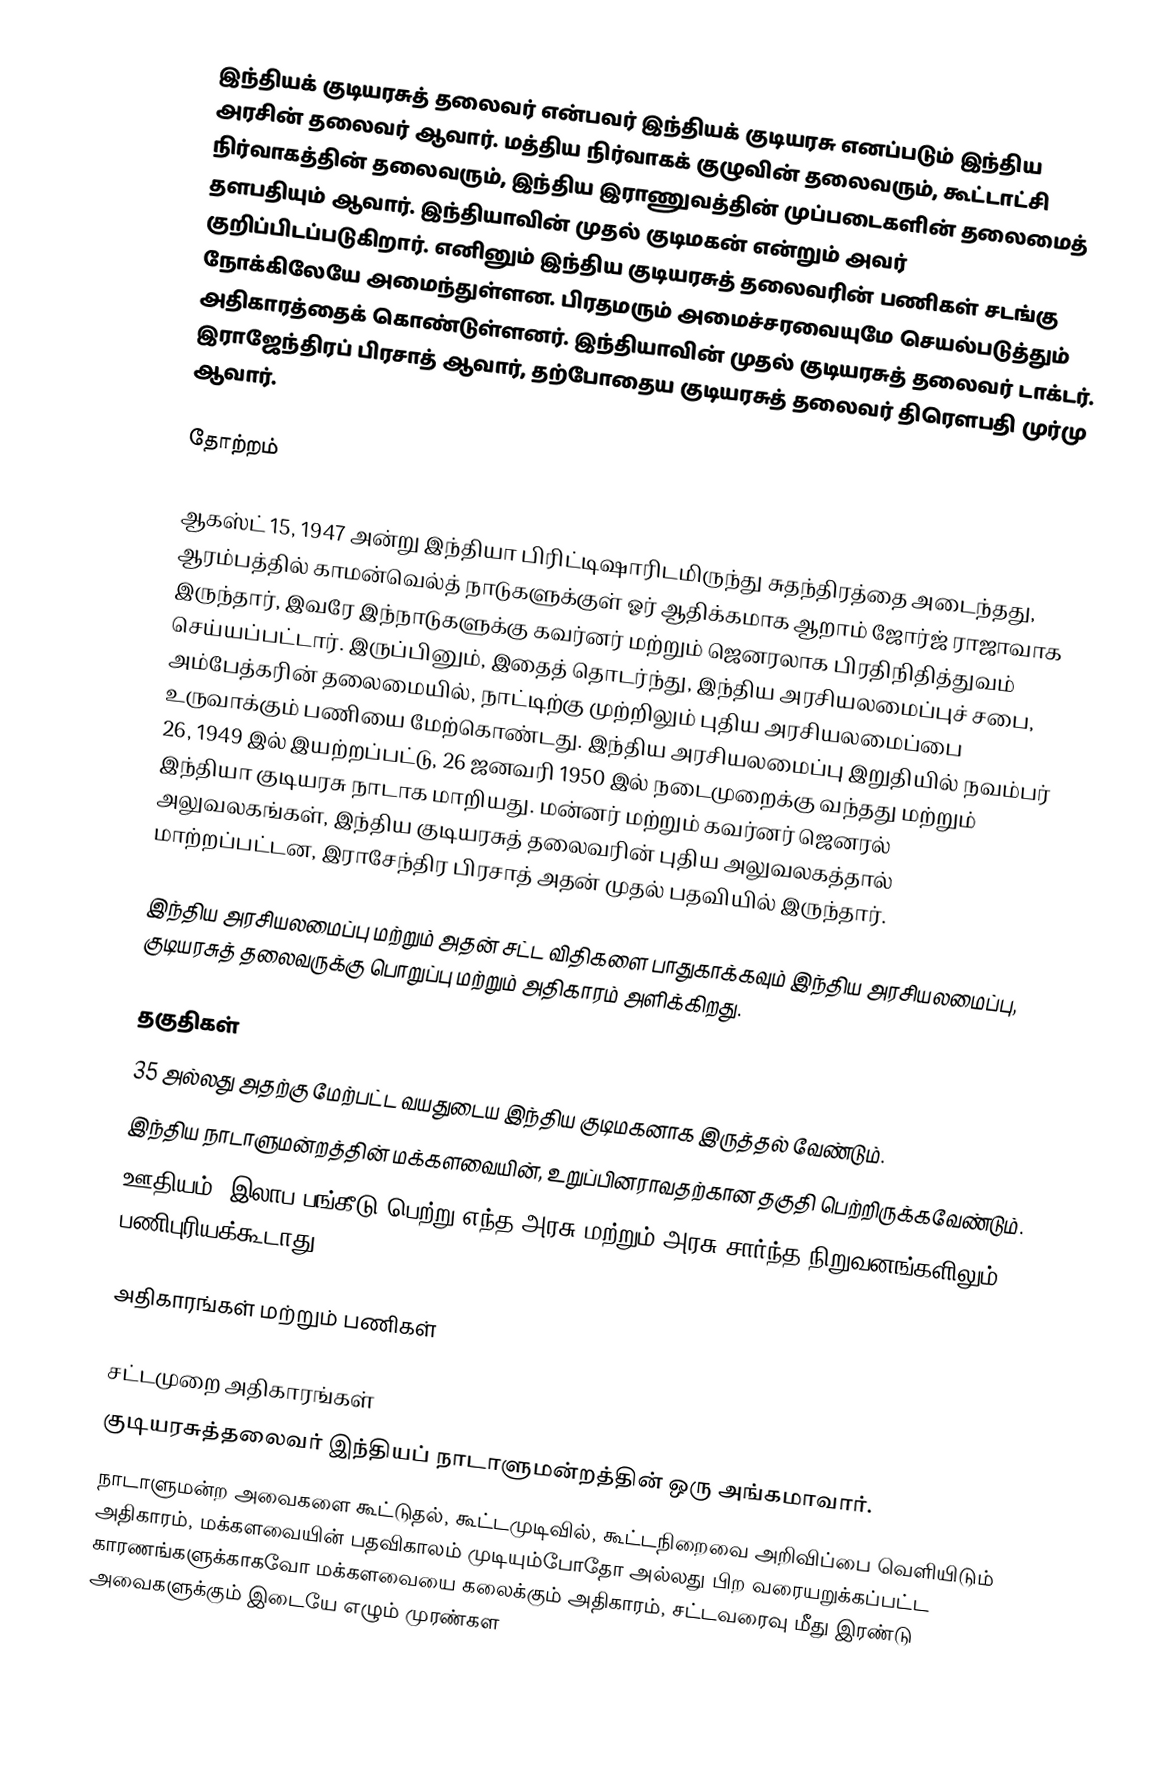
இந்தியக் குடியரசுத் தலைவர் என்பவர் இந்தியக் குடியரசு எனப்படும் இந்திய அரசின் தலைவர் ஆவார். மத்திய நிர்வாகக் குழுவின் தலைவரும், கூட்டாட்சி நிர்வாகத்தின் தலைவரும், இந்திய இராணுவத்தின் முப்படைகளின் தலைமைத் தளபதியும் ஆவார். இந்தியாவின் முதல் குடிமகன் என்றும் அவர் குறிப்பிடப்படுகிறார். எனினும் இந்திய குடியரசுத் தலைவரின் பணிகள் சடங்கு நோக்கிலேயே அமைந்துள்ளன. பிரதமரும் அமைச்சரவையுமே செயல்படுத்தும் அதிகாரத்தைக் கொண்டுள்ளனர். இந்தியாவின் முதல் குடியரசுத் தலைவர் டாக்டர். இராஜேந்திரப் பிரசாத் ஆவார், தற்போதைய குடியரசுத் தலைவர் திரௌபதி முர்மு ஆவார்.

தோற்றம்

ஆகஸ்ட் 15, 1947 அன்று இந்தியா பிரிட்டிஷாரிடமிருந்து சுதந்திரத்தை அடைந்தது, ஆரம்பத்தில் காமன்வெல்த் நாடுகளுக்குள் ஓர் ஆதிக்கமாக ஆறாம் ஜோர்ஜ் ராஜாவாக இருந்தார், இவரே இந்நாடுகளுக்கு கவர்னர் மற்றும் ஜெனரலாக பிரதிநிதித்துவம் செய்யப்பட்டார். இருப்பினும், இதைத் தொடர்ந்து, இந்திய அரசியலமைப்புச் சபை, அம்பேத்கரின் தலைமையில், நாட்டிற்கு முற்றிலும் புதிய அரசியலமைப்பை உருவாக்கும் பணியை மேற்கொண்டது. இந்திய அரசியலமைப்பு இறுதியில் நவம்பர் 26, 1949 இல் இயற்றப்பட்டு, 26 ஜனவரி 1950 இல் நடைமுறைக்கு வந்தது மற்றும் இந்தியா குடியரசு நாடாக மாறியது. மன்னர் மற்றும் கவர்னர் ஜெனரல் அலுவலகங்கள், இந்திய குடியரசுத் தலைவரின் புதிய அலுவலகத்தால் மாற்றப்பட்டன, இராசேந்திர பிரசாத் அதன் முதல் பதவியில் இருந்தார்.

இந்திய அரசியலமைப்பு மற்றும் அதன் சட்ட விதிகளை பாதுகாக்கவும் இந்திய அரசியலமைப்பு, குடியரசுத் தலைவருக்கு பொறுப்பு மற்றும் அதிகாரம் அளிக்கிறது.

தகுதிகள்
 35 அல்லது அதற்கு மேற்பட்ட வயதுடைய இந்திய குடிமகனாக இருத்தல் வேண்டும்.
 இந்திய நாடாளுமன்றத்தின் மக்களவையின், உறுப்பினராவதற்கான தகுதி பெற்றிருக்கவேண்டும்.
 ஊதியம் /இலாப பங்கீடு பெற்று எந்த அரசு மற்றும் அரசு சார்ந்த நிறுவனங்களிலும் பணிபுரியக்கூடாது.

அதிகாரங்கள் மற்றும் பணிகள்

சட்டமுறை அதிகாரங்கள்
குடியரசுத்தலைவர் இந்தியப் நாடாளுமன்றத்தின் ஒரு அங்கமாவார்.
 நாடாளுமன்ற அவைகளை கூட்டுதல், கூட்டமுடிவில், கூட்டநிறைவை அறிவிப்பை வெளியிடும் அதிகாரம், மக்களவையின் பதவிகாலம் முடியும்போதோ அல்லது பிற வரையறுக்கப்பட்ட காரணங்களுக்காகவோ மக்களவையை கலைக்கும் அதிகாரம், சட்டவரைவு மீது இரண்டு அவைகளுக்கும் இடையே எழும் முரண்கள